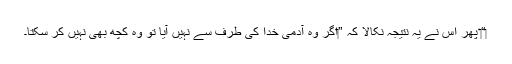
‏“‏ پھر اُس نے یہ نتیجہ نکالا کہ ”‏اگر وہ آدمی خدا کی طرف سے نہیں آیا تو وہ کچھ بھی نہیں کر سکتا۔